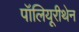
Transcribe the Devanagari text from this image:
पॉलियूरीथेन